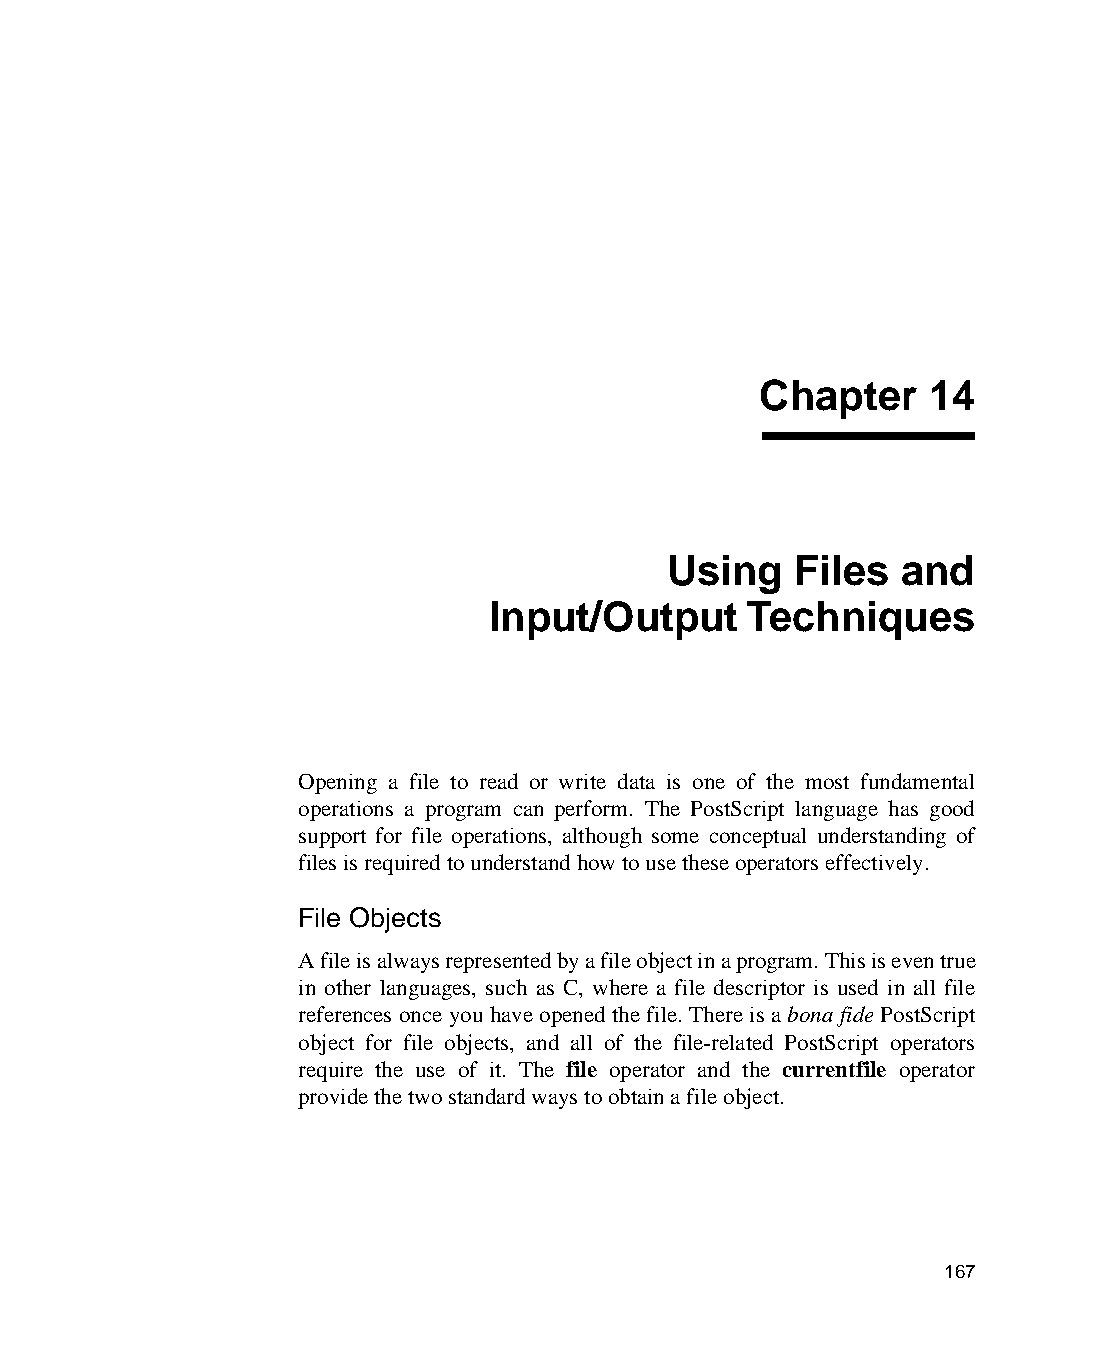
Chapter    14
 Using   Files  and
 Input/Output     Techniques
 Opening a file to read or write data is one of the most fundamental
 operations a program can perform. The PostScript language has good
 support for file operations, although some conceptual understanding of
 files is required to understand how to use these operators effectively.
 File Objects
 A file is always represented by a file object in a program. This is even true
 in other languages, such as C, where a file descriptor is used in all file
 references once you have opened the file. There is a bona fide PostScript
 object for file objects, and all of the file-related PostScript operators
 require the use of it. The file operator and the currentfile operator
 provide the two standard ways to obtain a file object.
 167